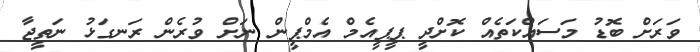
ވަރަށް ބޮޑު މަސައްކަތެއް ކޮށްދީ ޕީޕީއެމް އެމްޕީން ނަށް ވުރެން ރަނގަޅު ނަތީޖާ